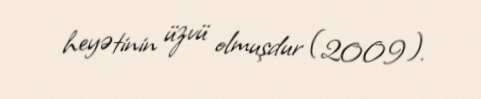
heyətinin üzvü olmuşdur (2009).